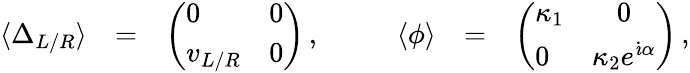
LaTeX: \begin{array}{lclclcl}{{\langle\Delta_{L/R}\rangle}}&{{=}}&{{\left(\begin{array}{ll}{{0}}&{{0}}\\ {{v_{L/R}}}&{{0}}\end{array}\right)\, ,}}&{{\; \; \; }}&{{\langle\phi\rangle}}&{{=}}&{{\left(\begin{array}{lc}{{\kappa_{1}}}&{{0}}\\ {{0}}&{{\kappa_{2}e^{\dot{\imath}\alpha}}}\end{array}\right)\, ,}}\end{array}